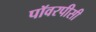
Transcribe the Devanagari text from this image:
पॉवरपीसी